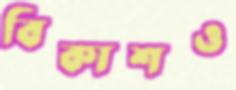
বিকাশও